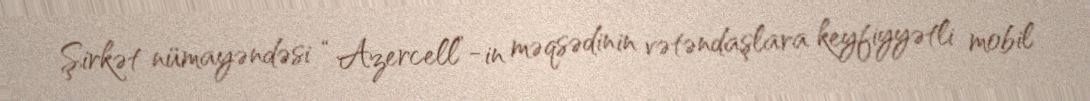
Şirkət nümayəndəsi “Azercell”-in məqsədinin vətəndaşlara keyfiyyətli mobil